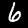
Label: 6